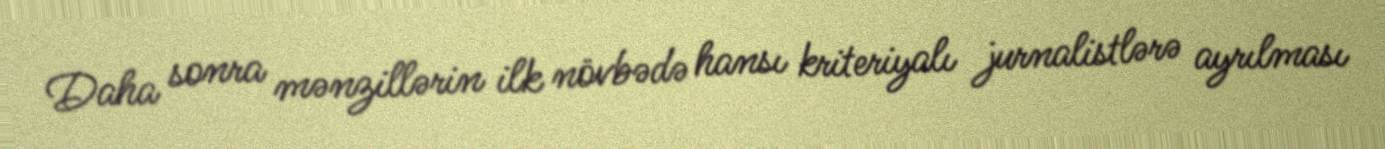
Daha sonra mənzillərin ilk növbədə hansı kriteriyalı jurnalistlərə ayrılması